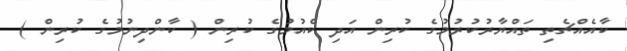
ކާއެއްޗެތި ތައްޔާރުކުރުމުގެ ކުރިން އަދި ކެއުމުގެ ކުރިން ( ކާންދިނުމުގެ ކުރިން )